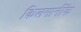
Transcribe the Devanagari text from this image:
किलमार्नॉक